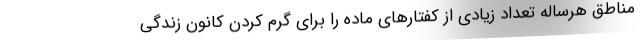
مناطق هرساله تعداد زیادی از کفتارهای ماده را برای گرم کردن کانون زندگی